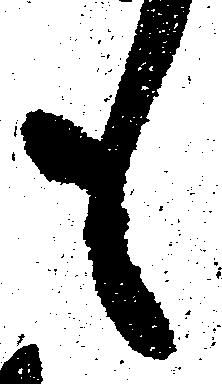
も